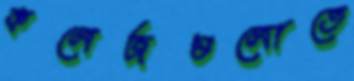
কলেজগুলোতে